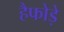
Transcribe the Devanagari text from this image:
हैफोड़े